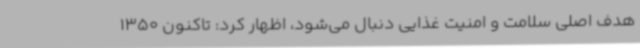
هدف اصلی سلامت و امنیت غذایی دنبال می‌شود، اظهار کرد: تاکنون 1350